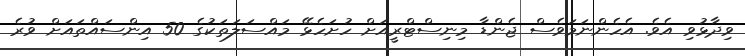
ވިދާޅުވި އެވެ. އެހެންނަމަވެސް ޖެންޑާ މިނިސްޓްރީއަށް ހުށަހެޅޭ މައްސަލަތަކުގެ 50 އިންސައްތައަށް ވުރެ